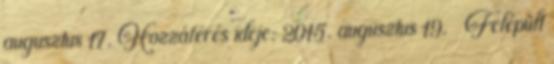
augusztus 17. Hozzáférés ideje: 2015. augusztus 19. ↑ Felépült